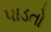
પાડતો